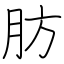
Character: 肪